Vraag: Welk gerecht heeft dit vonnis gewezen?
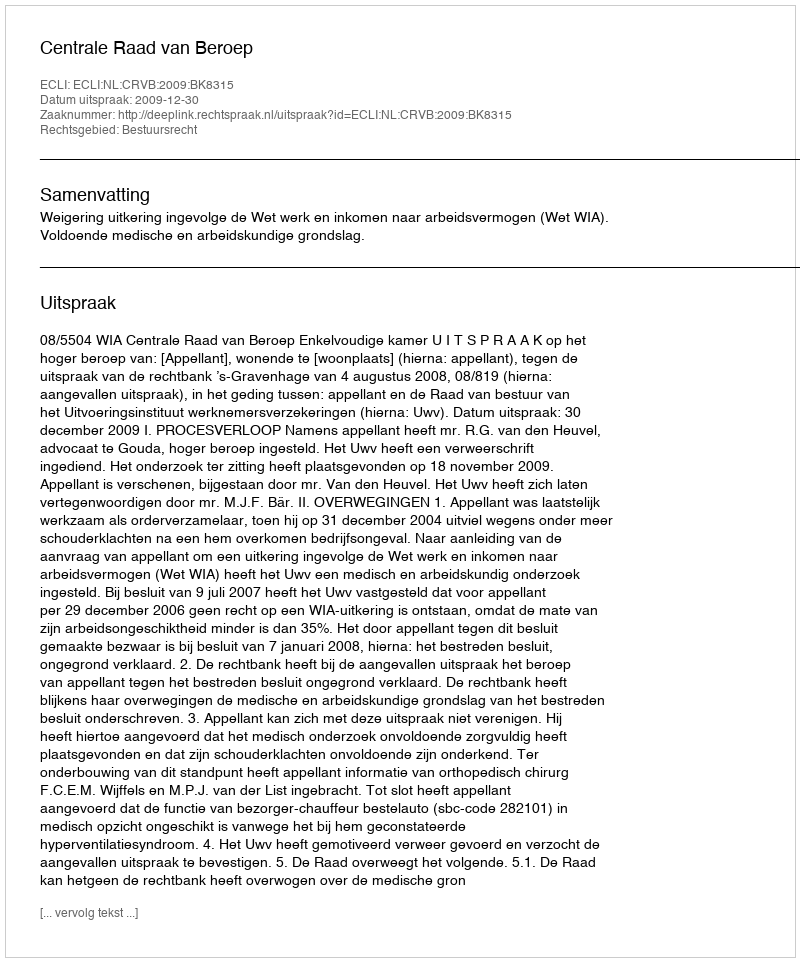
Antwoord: Centrale Raad van Beroep